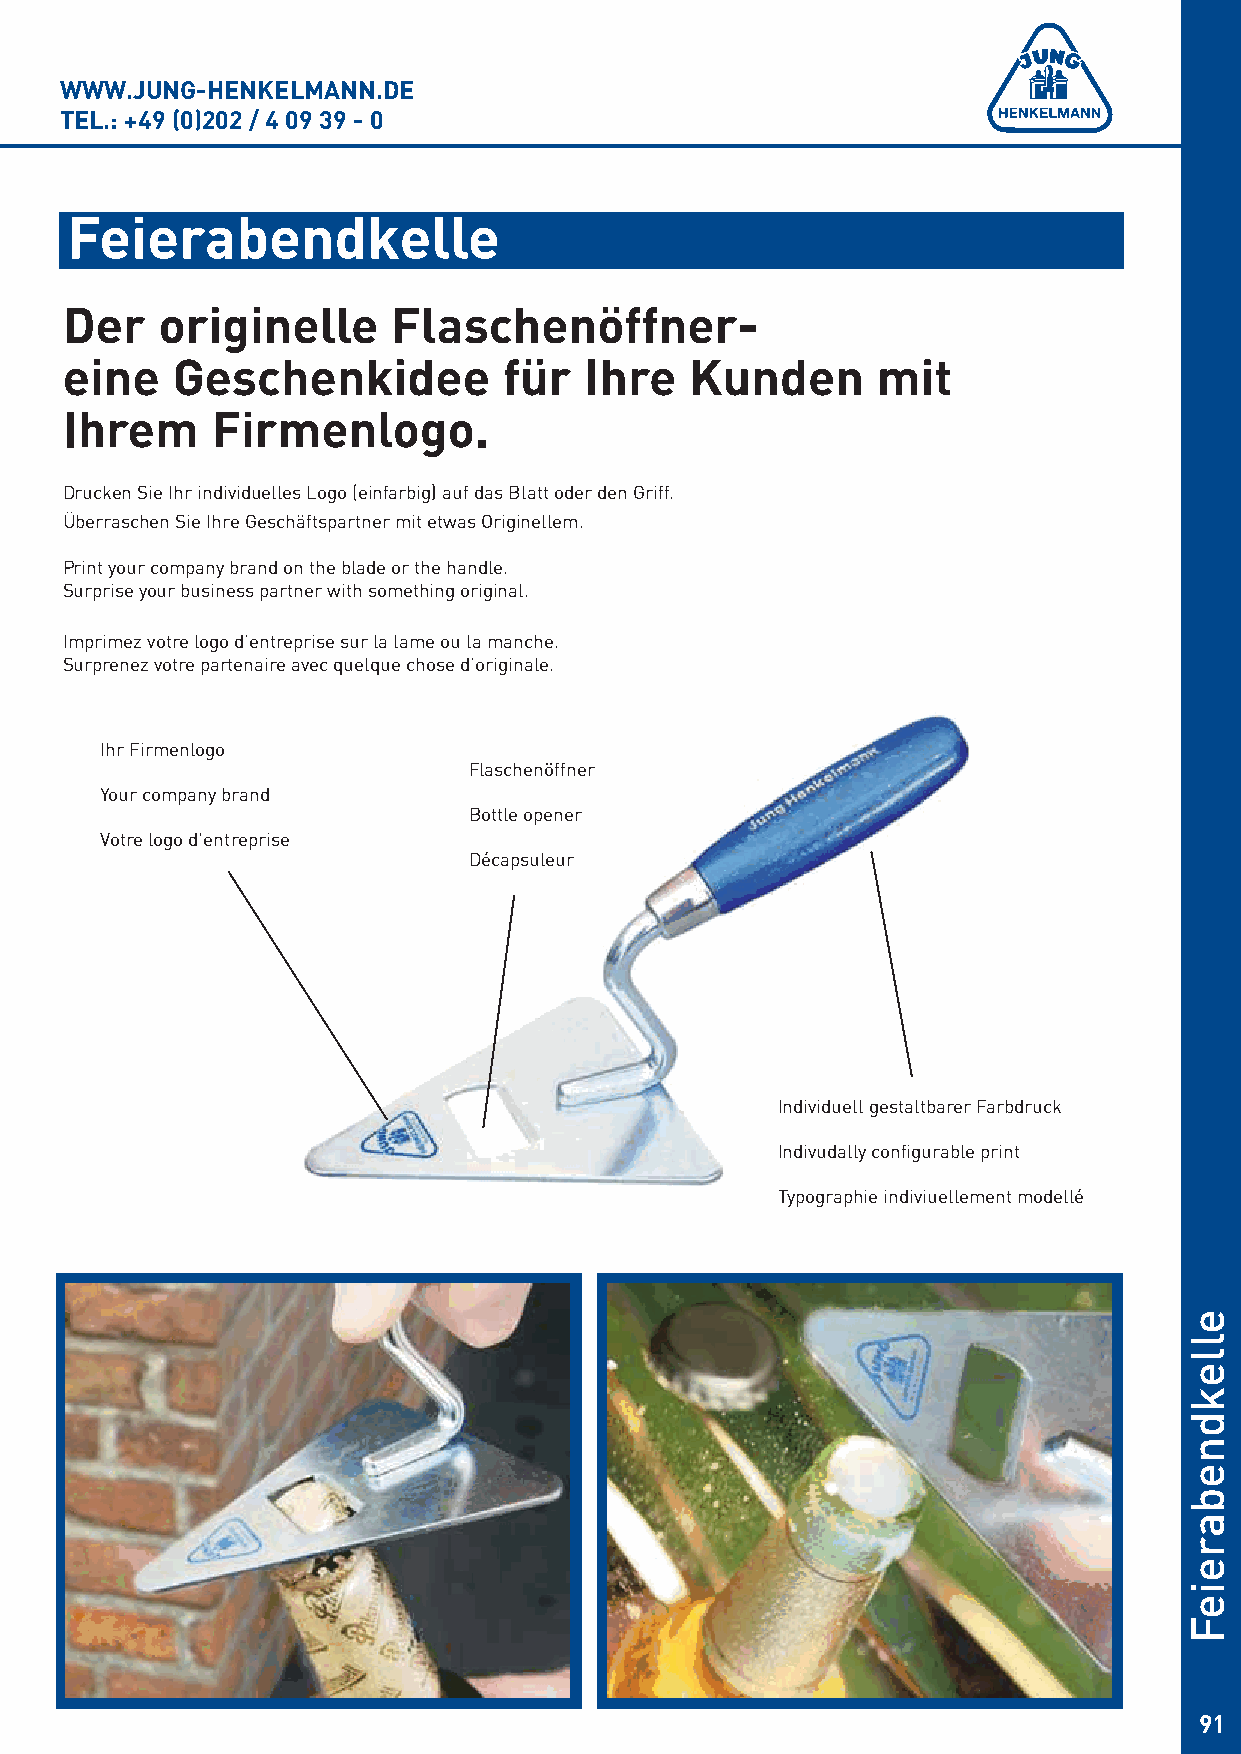
WWW.JUNG-HENKELMANN.DE
 TEL.: +49 (0)202 / 4 09 39 - 0
 Feierabendkelle
 Der   originelle      Flaschenöffner-
 eine   Geschenkidee          für   Ihre   Kunden      mit
 Ihrem     Firmenlogo.
 Drucken Sie Ihr individuelles Logo (einfarbig) auf das Blatt oder den Griff.
 Überraschen Sie Ihre Geschäftspartner mit etwas Originellem.
 Print your company brand on the blade or the handle.
 Surprise your business partner with something original.
 Imprimez votre logo d’entreprise sur la lame ou la manche.
 Surprenez votre partenaire avec quelque chose d’originale.
 Ihr Firmenlogo
 Flaschenöffner
 Your company brand
 Bottle opener
 Votre logo d'entreprise
 Décapsuleur
 Individuell gestaltbarer Farbdruck
 Indivudally configurable print
 Typographie indiviuellement modellé
 91
 ellekdnebareieF